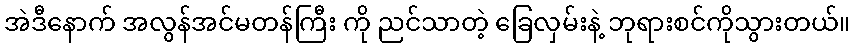
အဲဒီနောက် အလွန်အင်မတန်ကြီး ကို ညင်သာတဲ့ ခြေလှမ်းနဲ့ ဘုရားစင်ကိုသွားတယ်။